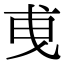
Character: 𢦣